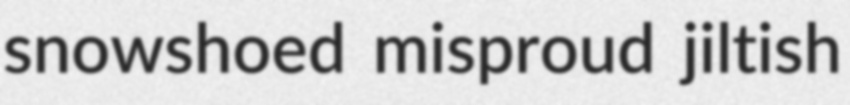
snowshoed misproud jiltish